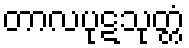
တာလပုဋသုတ္တံ